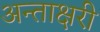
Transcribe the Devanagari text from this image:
अन्ताक्षरी